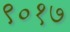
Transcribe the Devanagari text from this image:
९०१७